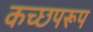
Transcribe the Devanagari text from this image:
कच्छपरूप